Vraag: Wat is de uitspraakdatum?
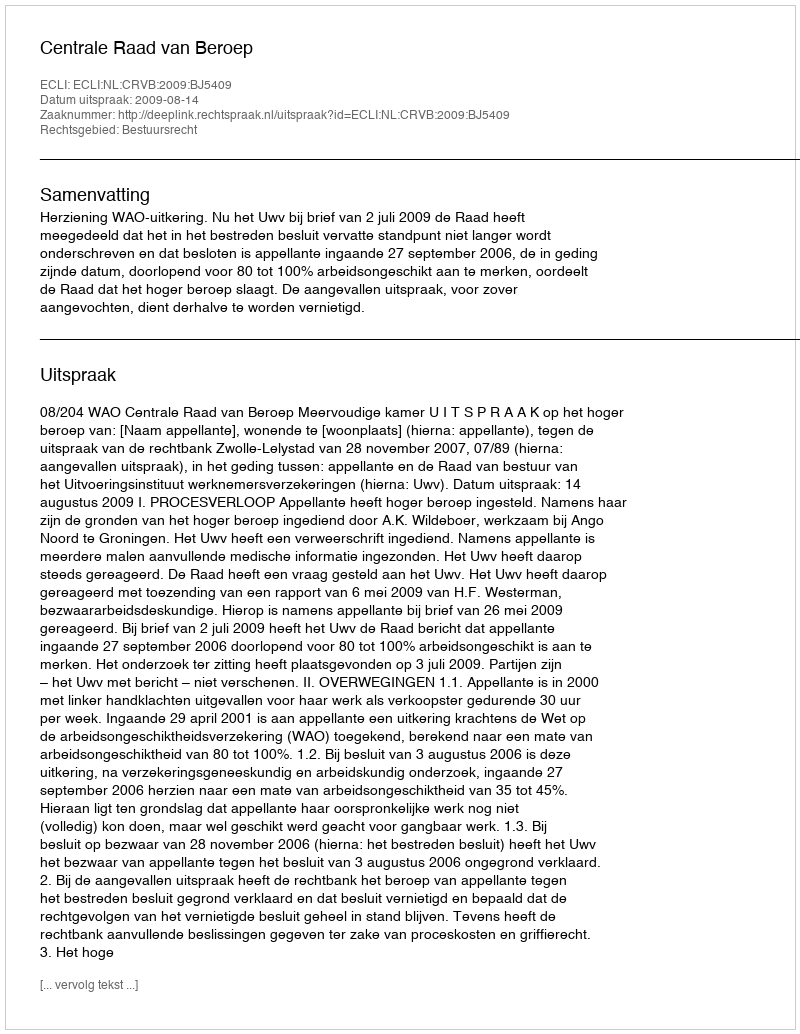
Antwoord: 2009-08-14